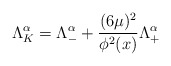
\begin{align*}\Lambda^\alpha_K = \Lambda^\alpha _- + {(6\mu)^2 \over \phi^2(x)}\Lambda^\alpha_+\end{align*}